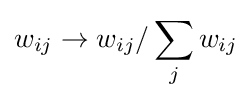
w_{ij}\rightarrow w_{ij}/\sum _{j}w_{ij}